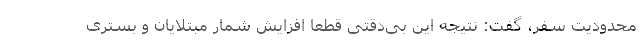
محدودیت سفر، گفت: نتیجه این بی‌دقتی قطعا افزایش شمار مبتلایان و بستری